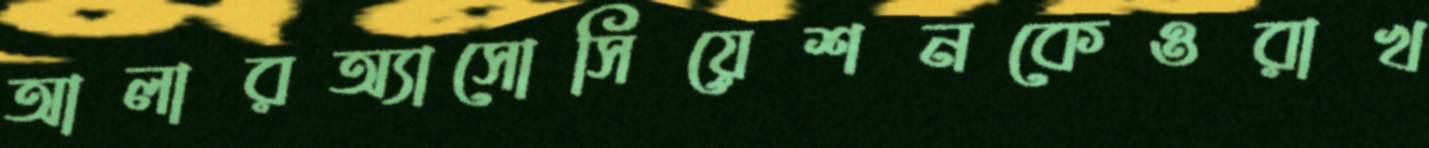
আলারঅ্যাসোসিয়েশনকেওরাখ